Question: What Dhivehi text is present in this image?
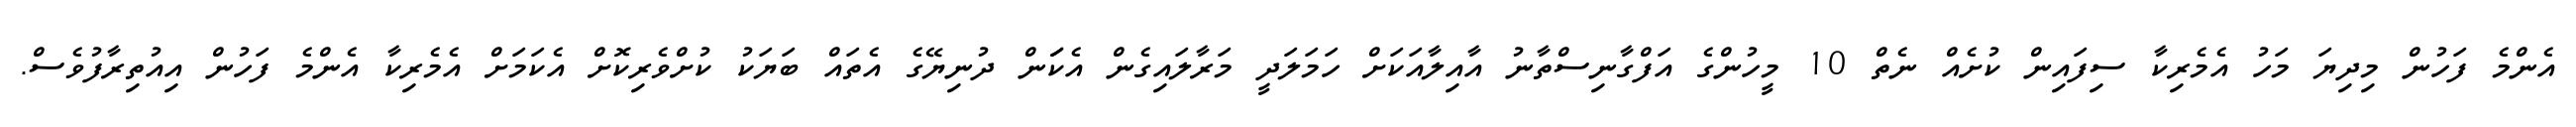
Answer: އެންމެ ފަހުން މިދިޔަ މަހު އެމެރިކާ ސިފައިން ކުށެއް ނެތް 10 މީހުންގެ އަފްގާނިސްތާނު އާއިލާއަކަށް ހަމަލަދީ މަރާލައިގެން އެކަަން ދުނިޔޭގެ އެތައް ބަޔަކު ކުށްވެރިކޮށް އެކަމަށް އެމެރިކާ އެންމެ ފަހުން އިއުތިރާފުވެސް.